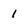
Character: 1